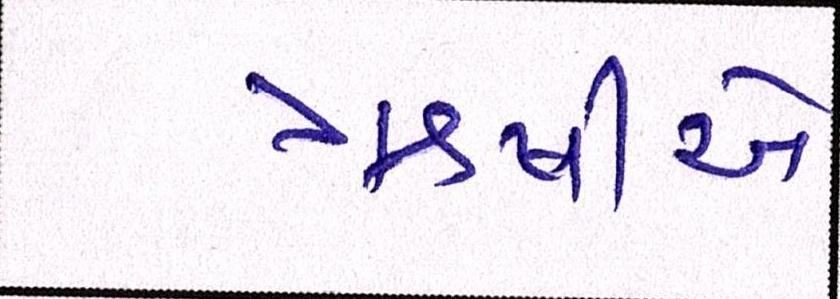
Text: ઋષીએ